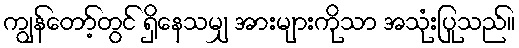
ကျွန်တော့်တွင် ရှိနေသမျှ အားများကိုသာ အသုံးပြုသည်။